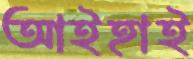
আইহাই